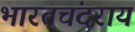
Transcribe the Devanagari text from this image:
भारतचंदराय